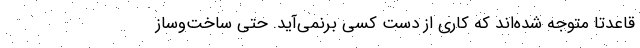
قاعدتا متوجه شده‌اند که کاری از دست‌ کسی برنمی‌آید. حتی ساخت‌وساز